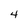
Character: 4